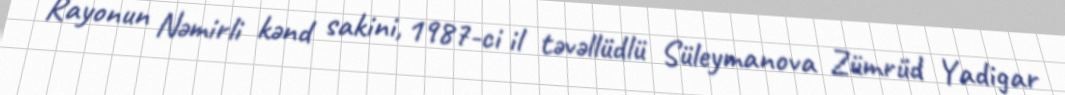
Rayonun Nəmirli kənd sakini, 1987-ci il təvəllüdlü Süleymanova Zümrüd Yadigar